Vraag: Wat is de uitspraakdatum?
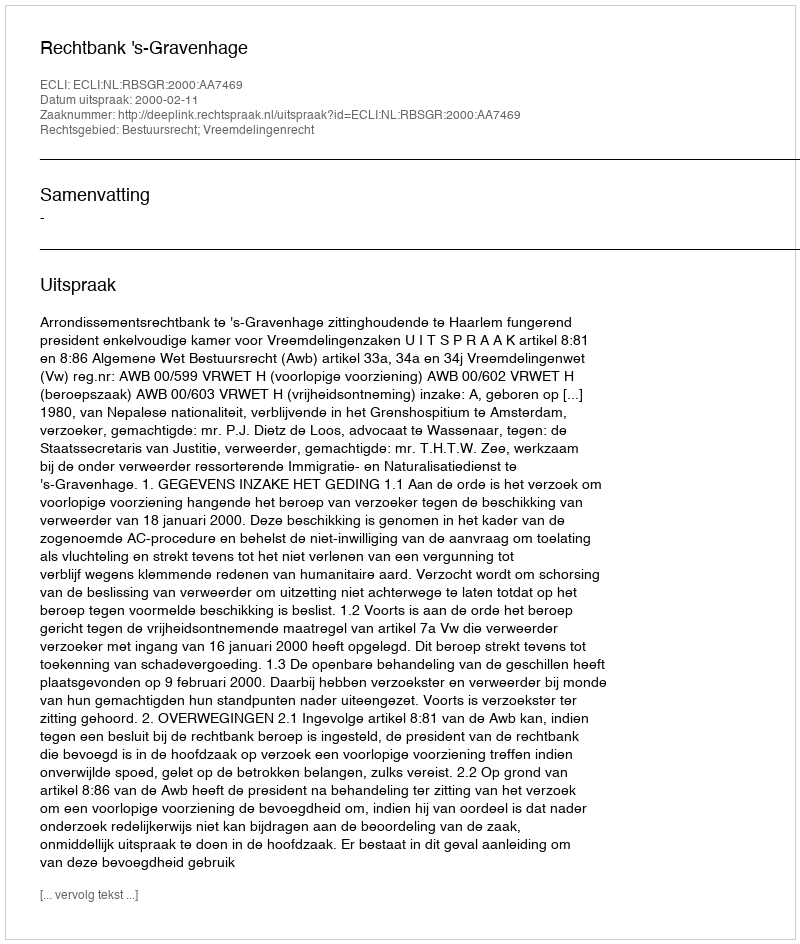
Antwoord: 2000-02-11